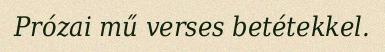
Prózai mű verses betétekkel.